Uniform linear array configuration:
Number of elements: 8
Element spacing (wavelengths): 0.5
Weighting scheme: hamming
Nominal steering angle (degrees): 60
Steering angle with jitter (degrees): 61.606
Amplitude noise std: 0.05
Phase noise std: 0.05

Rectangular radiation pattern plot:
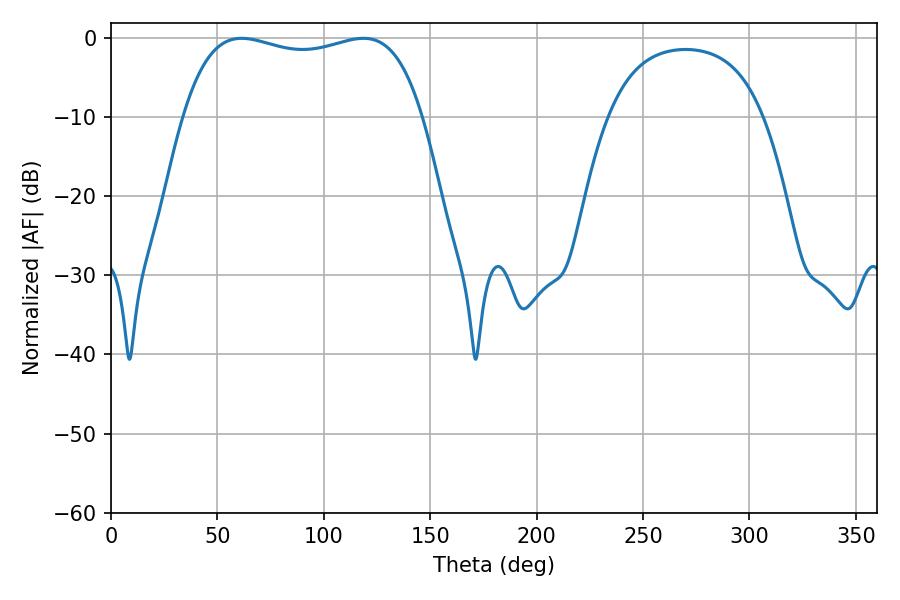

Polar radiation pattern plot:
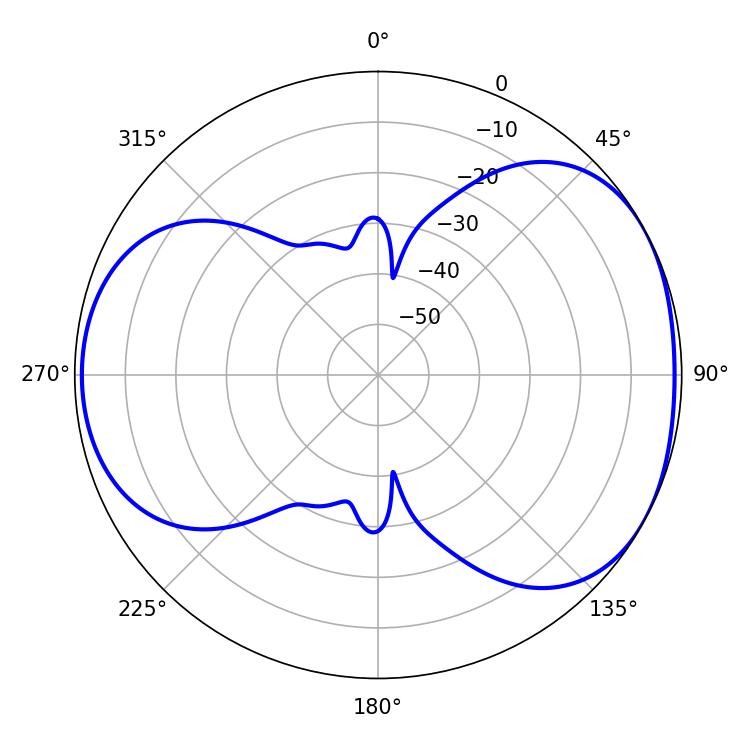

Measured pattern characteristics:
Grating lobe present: FALSE
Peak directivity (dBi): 4.688
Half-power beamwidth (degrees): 91.08
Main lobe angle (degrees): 61.38